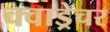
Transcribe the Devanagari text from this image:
क्वाड्रेचर